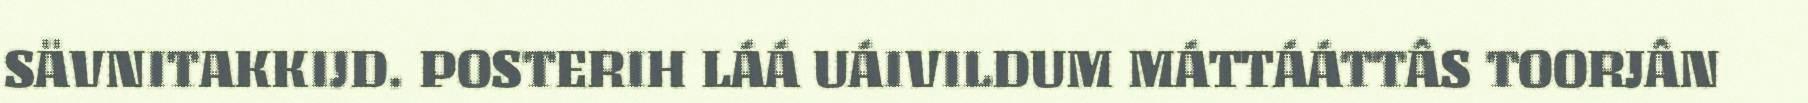
SÄVNITAKKIJD. POSTERIH LÁÁ UÁIVILDUM MÁTTÁÁTTÂS TOORJÂN